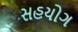
સહયોગ